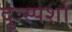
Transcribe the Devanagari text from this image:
दुःस्पर्शा